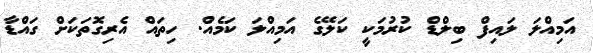
އަމިއްލަ ލައިފް ބިލްޑް ކުރުމަކީ ކަލޭގެ އަމިއްލަ ކަމެއް. ހިތައް އެރިގޮތަކަށް ގައްޑާ